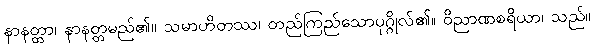
နာနတ္တာ၊ နာနတ္တမည်၏။ သမာဟိတဿ၊ တည်ကြည်သောပုဂ္ဂိုလ်၏။ ဝိညာဏစရိယာ၊ သည်။